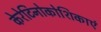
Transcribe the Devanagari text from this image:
केरेटिनोकोशिकाएं